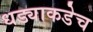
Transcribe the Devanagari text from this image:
धड्याकडेच